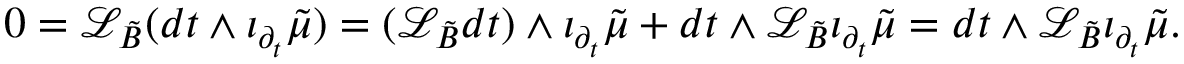
0 = \mathcal { L } _ { { \tilde { B } } } ( d t \wedge \iota _ { \partial _ { t } } { \tilde { \mu } } ) = ( \mathcal { L } _ { { \tilde { B } } } d t ) \wedge \iota _ { \partial _ { t } } { \tilde { \mu } } + d t \wedge \mathcal { L } _ { { \tilde { B } } } \iota _ { \partial _ { t } } { \tilde { \mu } } = d t \wedge \mathcal { L } _ { { \tilde { B } } } \iota _ { \partial _ { t } } { \tilde { \mu } } .